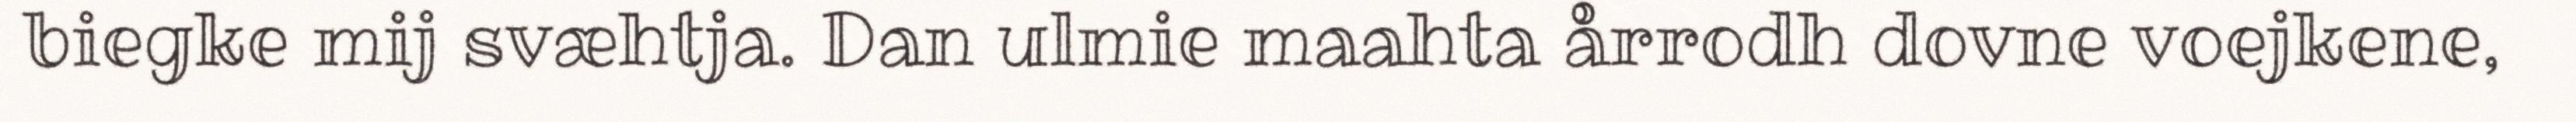
biegke mij svæhtja. Dan ulmie maahta årrodh dovne voejkene,